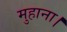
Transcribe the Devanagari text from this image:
मुहाना।